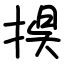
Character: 捑